Report of the Municipal Commissioner on the plague in Bombay for the year ending 31st May... - Volume 3
Disease focus: Plague
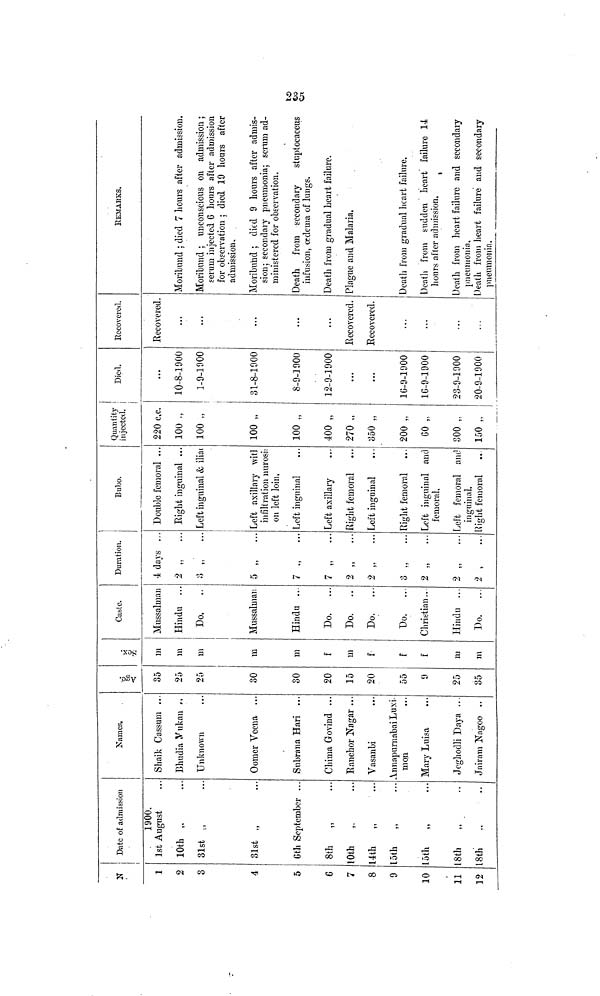
1
2
3
4
5
6
7
8
9
10
11
12
Date of admission
1900.
1st August
10th „
31st „
31st „
6th September ..
8th
„
10th
,.
14th
15th
„
5th
8th
8th
Names.
Shaik Cassum ...
Bhudia Mnkan
Unknown
Oomer Veena ...
Subrana Hari ...
Chima Govind ...
Ranchor Nagar ...
Vasanbi
Annapurnabai Luxi-
mon
Mary Luisa
Joghodli Daya ...
Jairam Nagoo ..
Age.
35
25
25
30
30
20
15
20
55
9
25
35
Sex.
m
m
m
m
m
f
m
f
f
f
m
m
Caste.
Mussalman
Hindu ..
Do.
..
Mussalman
Hindu ..
Do.
..
Do.
..
Do.
...
Do.
...
Christian..
Hindu ...
Do.
...
Duration.
4 days ..
2
3
7 „
..
7 „
..
2
2
2 „
...
2
2
Bubo.
Double femoral ..
Eight inguinal ..
Left inguinal & ilia
Left axillary wit]
infiltration nurosb
on left loin.
Left inguinal
Left axillary
flight femoral
Left inguinal
light femoral
Left inguinal and
femoral,
Left femoral and
inguinal.
Right femoral
Quantity
injected.
220 c.c.
100 .,
100 „
100 „
100 „
400 „
270 „
350 „
200 „
60 „
300 „
150 „
Died.
...
10-8-1900
1-9-1900
31-8-1900
8-9-1900
12-9-1900
...
...
16-9-1900
16-9-1900
23-9-1900
20-9-1900
Recovered.
Recovered.
...
...
...
...
Recovered.
Recovered.
...
REMARKS.
Moribund ; died 7 hours after admission.
Moribund ; unconscious on admission;
serum injected 6 hours after admission
for observation ; died 19 hours after
admission.
Moribund ; died 9 hours after admis-
sion; secondary pneumonia; serum ad-
ministered for observation.
Death from secondary
stuptocaceus
infusion, oedema of lungs.
Death from gradual heart failure.
Plague and Malaria,
Death from gradual heart failure.
Death from sudden heart failure 14
hours after admission.
Death from heart failure and secondary
pneumonia,
Death from heart failure and secondary
pneumonia.
235